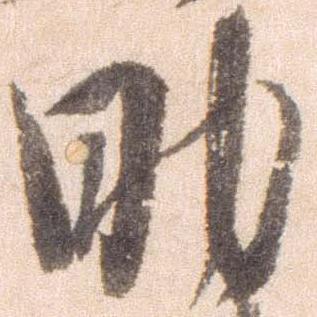
助